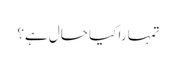
تمہارا کیا حال ہے؟